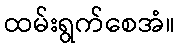
ထမ်းရွက်စေအံ။